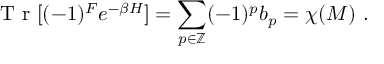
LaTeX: { \textrm { T r } } [ ( - 1 ) ^ { F } e ^ { - \beta H } ] = \sum _ { p \in \mathbb { Z } } ( - 1 ) ^ { p } b _ { p } = \chi ( M ) \ .